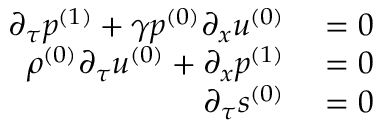
\begin{array} { r l } { \partial _ { \tau } \ensuremath { p ^ { ( 1 ) } } + \gamma \ensuremath { p ^ { ( 0 ) } } \partial _ { x } \ensuremath { u ^ { ( 0 ) } } } & { { } = 0 } \\ { \ensuremath { \rho ^ { ( 0 ) } } \partial _ { \tau } \ensuremath { u ^ { ( 0 ) } } + \partial _ { x } \ensuremath { p ^ { ( 1 ) } } } & { { } = 0 } \\ { \partial _ { \tau } \ensuremath { s ^ { ( 0 ) } } } & { { } = 0 } \end{array}